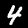
Label: 4